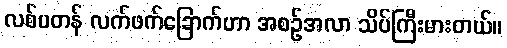
လစ်ပတန် လက်ဖက်ခြောက်ဟာ အစဉ်အလာ သိပ်ကြီးမားတယ်။